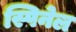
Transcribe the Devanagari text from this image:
स्पिनेल